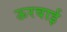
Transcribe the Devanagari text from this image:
ऊरवाई